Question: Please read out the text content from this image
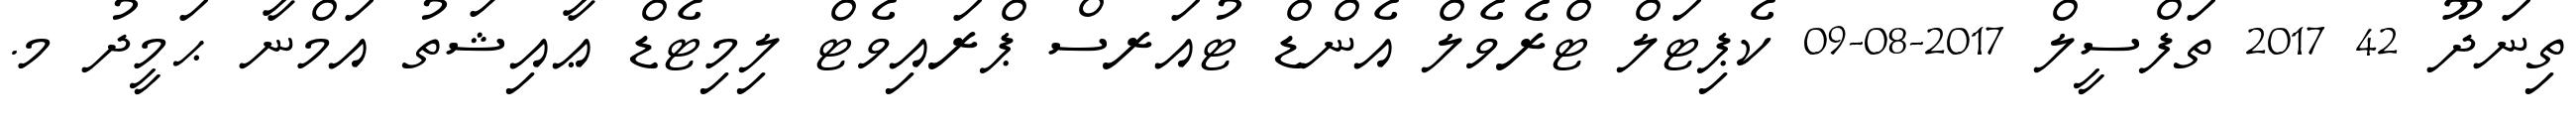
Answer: ތިނަދޫ 42 2017 ތަފްސީލް 2017-08-09 ކެޕިޓަލް ޓްރެވެލް އެންޑް ޓުއަރސް ޕްރައިވެޓް ލިމިޓެޑް ޢާއިޝަތު އަމްނާ ޙަމީދު މ.